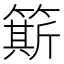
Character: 簛